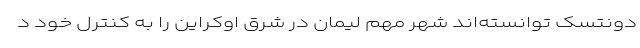
دونتسک توانسته‌اند شهر مهم لیمان در شرق اوکراین را به کنترل خود د